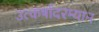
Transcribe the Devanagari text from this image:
उत्कर्षादरम्यान